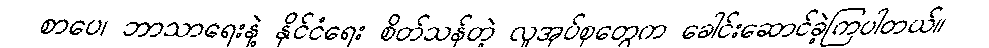
စာပေ၊ ဘာသာရေးနဲ့ နိုင်ငံရေး စိတ်သန်တဲ့ လူအုပ်စုတွေက ခေါင်းဆောင်ခဲ့ကြပါတယ်။